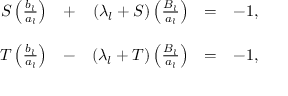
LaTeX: \begin{array} { r c r c r } { { S \left( \frac { b _ { l } } { a _ { l } } \right) } } & { { + } } & { { ( \lambda _ { l } + S ) \left( \frac { B _ { l } } { a _ { l } } \right) } } & { { = } } & { { - 1 , } } \\ { { } } & { { } } & { { } } \\ { { T \left( \frac { b _ { l } } { a _ { l } } \right) } } & { { - } } & { { ( \lambda _ { l } + T ) \left( \frac { B _ { l } } { a _ { l } } \right) } } & { { = } } & { { - 1 , } } \end{array}